Scientific memoirs by medical officers of the Army of India - Part III,
Year: 1887
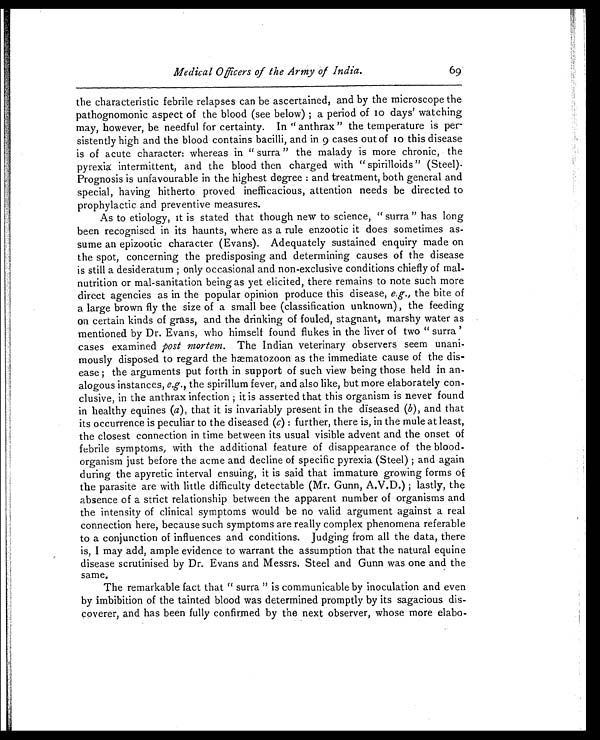
Medical Officers of the Army of India.
69
the characteristic febrile relapses can be ascertained, and by the microscope the
pathognomonic aspect of the blood (see below); a period of 10 days' watching
may, however, be needful for certainty. In "anthrax" the temperature is per
- s i s t e n t l y h i g h a n d t h e b l o o d c o n t a i n s b a c i l l i , a n d i n 9 c a s e s o u t o f 1 0t
h i s d i s e a s e
is of acute character: whereas in "surra" the malady is more chronic, the
pyrexia intermittent, and the blood then charged with "spirilloids" (Steel).
Prognosis is unfavourable in the highest degree: and treatment, both general and
special, having hitherto proved inefficacious, attention needs be directed to
prophylactic and preventive measures.
As to etiology, it is stated that though new to science, "surra" has long
been recognised in its haunts, where as a rule enzootic it does sometimes as
- s u m e a n e p i z o o t i c c h a r a c t e r ( E v a n s ) . A d e q u a t e l y s u s t a i n e d e n q u i r y m a d e o n
the spot, concerning the predisposing and determining causes of the disease
is still a desideratum; only occasional and non-exclusive conditions chiefly of mal
- n u t r i t i o n o r m a l - s a n i t a t i o n b e i n g a s y e t e l i c i t e d , t h e r e r e m a i n s t o n o t e s u c h m o r e
direct agencies as in the popular opinion produce this disease, e.g. , the bite of
a large brown fly the size of a small bee (classification unknown), the feeding
on certain kinds of grass, and the drinking of fouled, stagnant, marshy water as
mentioned by Dr. Evans, who himself found flukes in the liver of two "surra'
cases examined post mortem. The Indian veterinary observers seem unani
-mously disposed to regard the hæmatozoon as the immediate cause of the dis
-ease; the arguments put forth in support of such view being those held in an-
alogous instances, e.g. , the spirillum fever, and also like, but more elaborately con
-clusive, in the anthrax infection; it is asserted that this organism is never found
in healthy equines (a ), that it is invariably present in the diseased ( b ), and that
its occurrence is peculiar to the diseased (c) : further, there is, in the mule at least,
the closest connection in time between its usual visible advent and the onset of
febrile symptoms, with the additional feature of disappearance of the blood-
organism just before the acme and decline of specific pyrexia (Steel); and again
during the apyretic interval ensuing, it is said that immature growing forms of
the parasite are with little difficulty detectable (Mr. Gunn, A.V.D.); lastly, the
absence of a strict relationship between the apparent number of organisms and
the intensity of clinical symptoms would be no valid argument against a real
connection here, because such symptoms are really complex phenomena referable
to a conjunction of influences and conditions. Judging from all the data, there
is, I may add, ample evidence to warrant the assumption that the natural equine
disease scrutinised by Dr. Evans and Messrs. Steel and Gunn was one and the
same.
The remarkable fact that "surra" is communicable by inoculation and even
by imbibition of the tainted blood was determined promptly by its sagacious dis
-coverer, and has been fully confirmed by the next observer, whose more elabo-